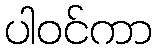
ပါဝင်ကာ